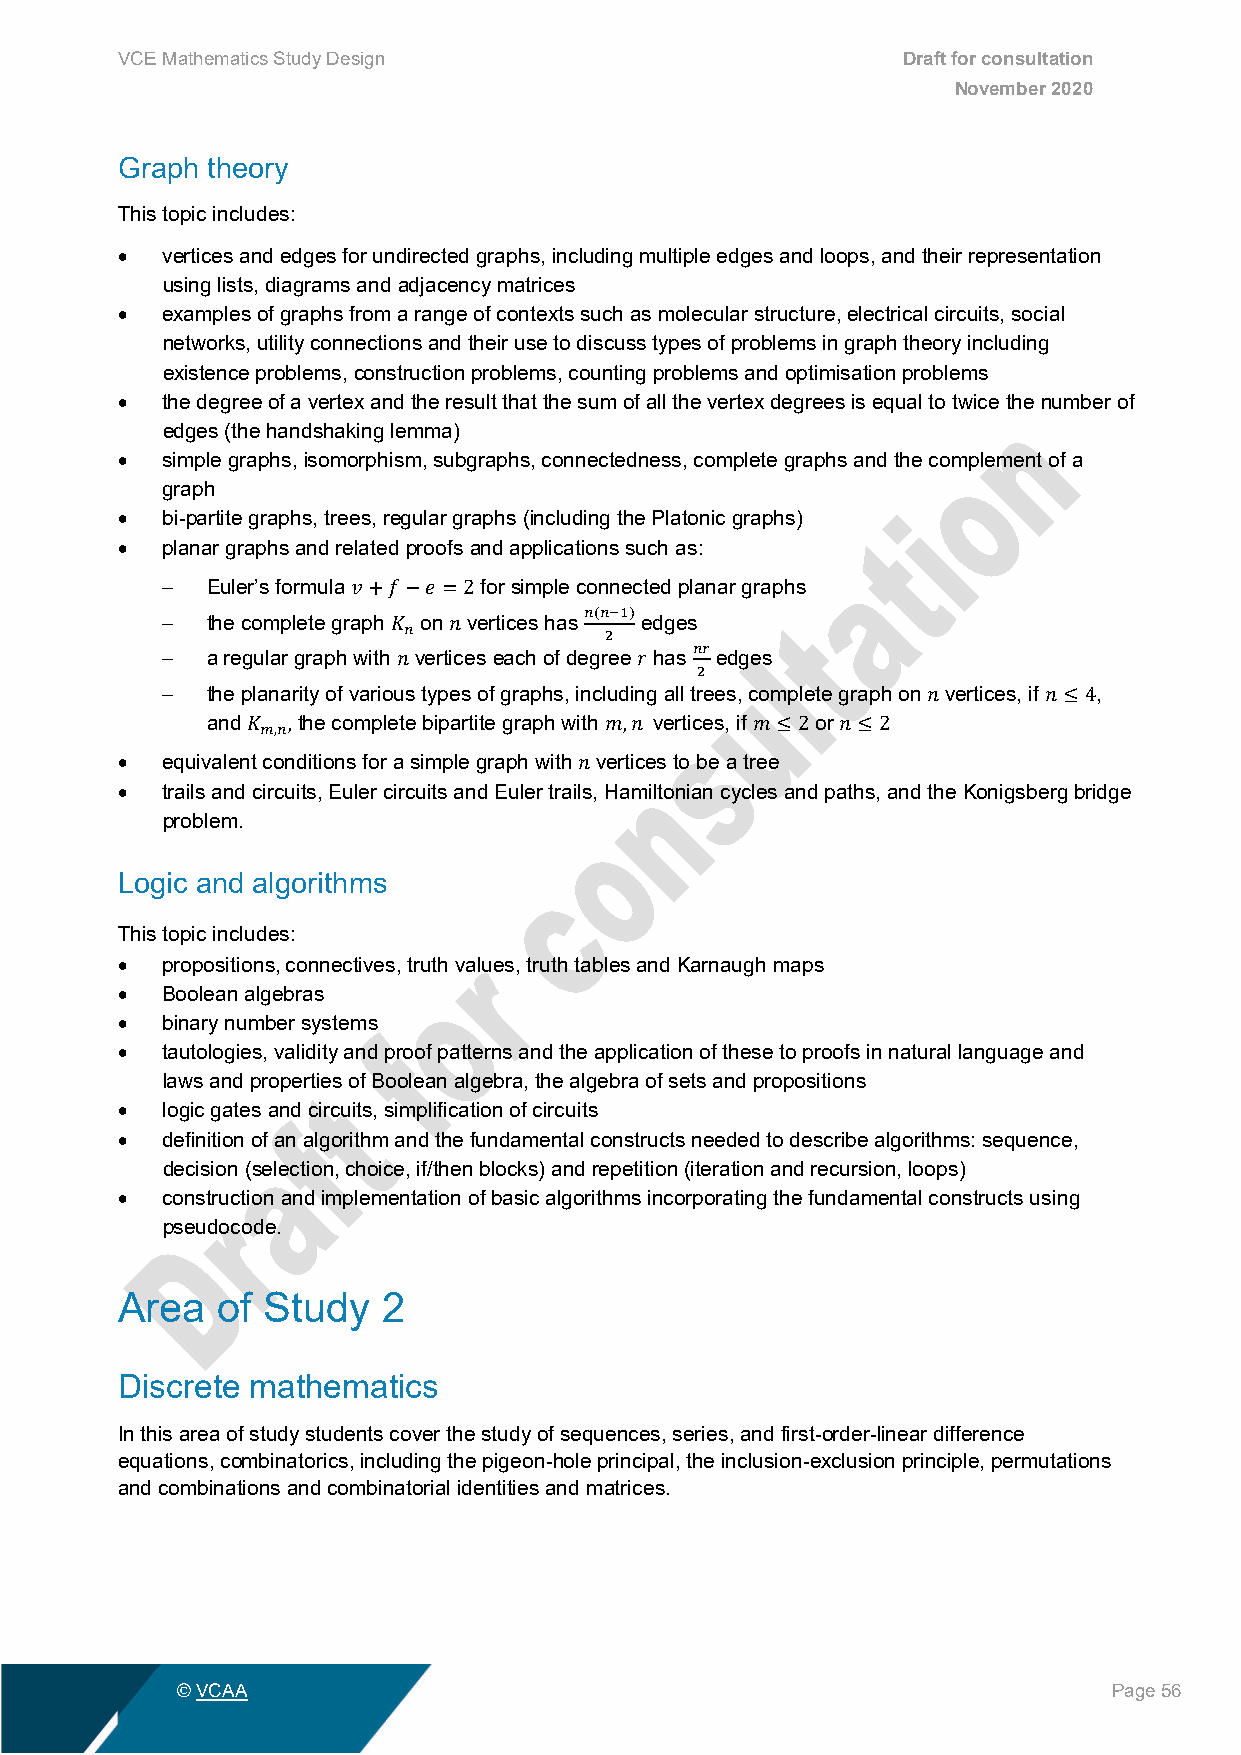
VCE Mathematics Study Design                        Draft for consultation
 November 2020
 Graph theory
 This topic includes:
 •  vertices and edges for undirected graphs, including multiple edges and loops, and their representation
 using lists, diagrams and adjacency matrices
 •  examples of graphs from a range of contexts such as molecular structure, electrical circuits, social
 networks, utility connections and their use to discuss types of problems in graph theory including
 existence problems, construction problems, counting problems and optimisation problems
 •  the degree of a vertex and the result that the sum of all the vertex degrees is equal to twice the number of
 edges (the handshaking lemma)
 •  simple graphs, isomorphism, subgraphs, connectedness, complete graphs and the complement of a
 graph
 •  bi-partite graphs, trees, regular graphs (including the Platonic graphs)
 •  planar graphs and related proofs and applications such as:
 −  Euler’s formula   for simple connected planar graphs
 −  the complete graph on vertices has edges
 𝑣𝑣+𝑓𝑓−𝑒𝑒 =2
 𝑛𝑛(𝑛𝑛−1)
 −  a regular graph with 𝐾𝐾 𝑛𝑛 vert 𝑛𝑛ices each of degr 2ee has edges
 𝑛𝑛𝑛𝑛
 −  the planarity of various types of graphs, including all trees, complete graph on vertices, if ,
 𝑛𝑛              𝑟𝑟  2
 and   the complete bipartite graph with vertices, if or
 𝑛𝑛      𝑛𝑛≤4
 •  equivalen𝐾𝐾t 𝑚𝑚co,𝑛𝑛n,ditions for a simple graph with v𝑚𝑚er,t𝑛𝑛ic es to be a tr𝑚𝑚ee≤ 2 𝑛𝑛≤2
 •  trails and circuits, Euler circuits and Euler trails, Hamiltonian cycles and paths, and the Konigsberg bridge
 𝑛𝑛
 problem.
 Logic and algorithms
 This topic includes:
 •  propositions, connectives, truth values, truth tables and Karnaugh maps
 •  Boolean algebras
 •  binary number systems
 •  tautologies, validity and proof patterns and the application of these to proofs in natural language and
 laws and properties of Boolean algebra, the algebra of sets and propositions
 •  logic gates and circuits, simplification of circuits
 •  definition of an algorithm and the fundamental constructs needed to describe algorithms: sequence,
 decision (selection, choice, if/then blocks) and repetition (iteration and recursion, loops)
 •  construction and implementation of basic algorithms incorporating the fundamental constructs using
 pseudocode.
 Area  of Study   2
 Discrete mathematics
 In this area of study students cover the study of sequences, series, and first-order-linear difference
 equations, combinatorics, including the pigeon-hole principal, the inclusion-exclusion principle, permutations
 and combinations and combinatorial identities and matrices.
 © VCAA                                                        Page 56